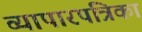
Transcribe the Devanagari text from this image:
व्यापारपत्रिका